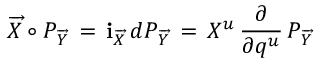
\overrightarrow { X } \circ { \cal P } _ { \overrightarrow { Y } } \, = \, { \bf i } _ { \overrightarrow { X } } \, d { \cal P } _ { \overrightarrow { Y } } \, = \, X ^ { u } \, { \frac { \partial } { \partial q ^ { u } } } \, { \cal P } _ { \overrightarrow { Y } } \,